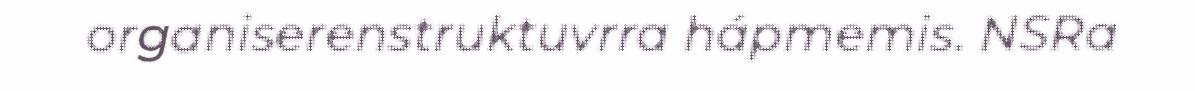
organiserenstruktuvrra hápmemis. NSRa